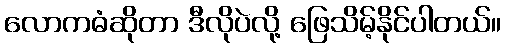
လောကဓံဆိုတာ ဒီလိုပဲလို့ ဖြေသိမ့်နိုင်ပါတယ်။